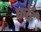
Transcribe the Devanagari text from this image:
फॉई